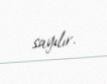
sayılır.